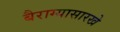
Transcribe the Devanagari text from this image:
बैराग्यासारखे